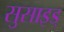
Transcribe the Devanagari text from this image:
सुसाइड्